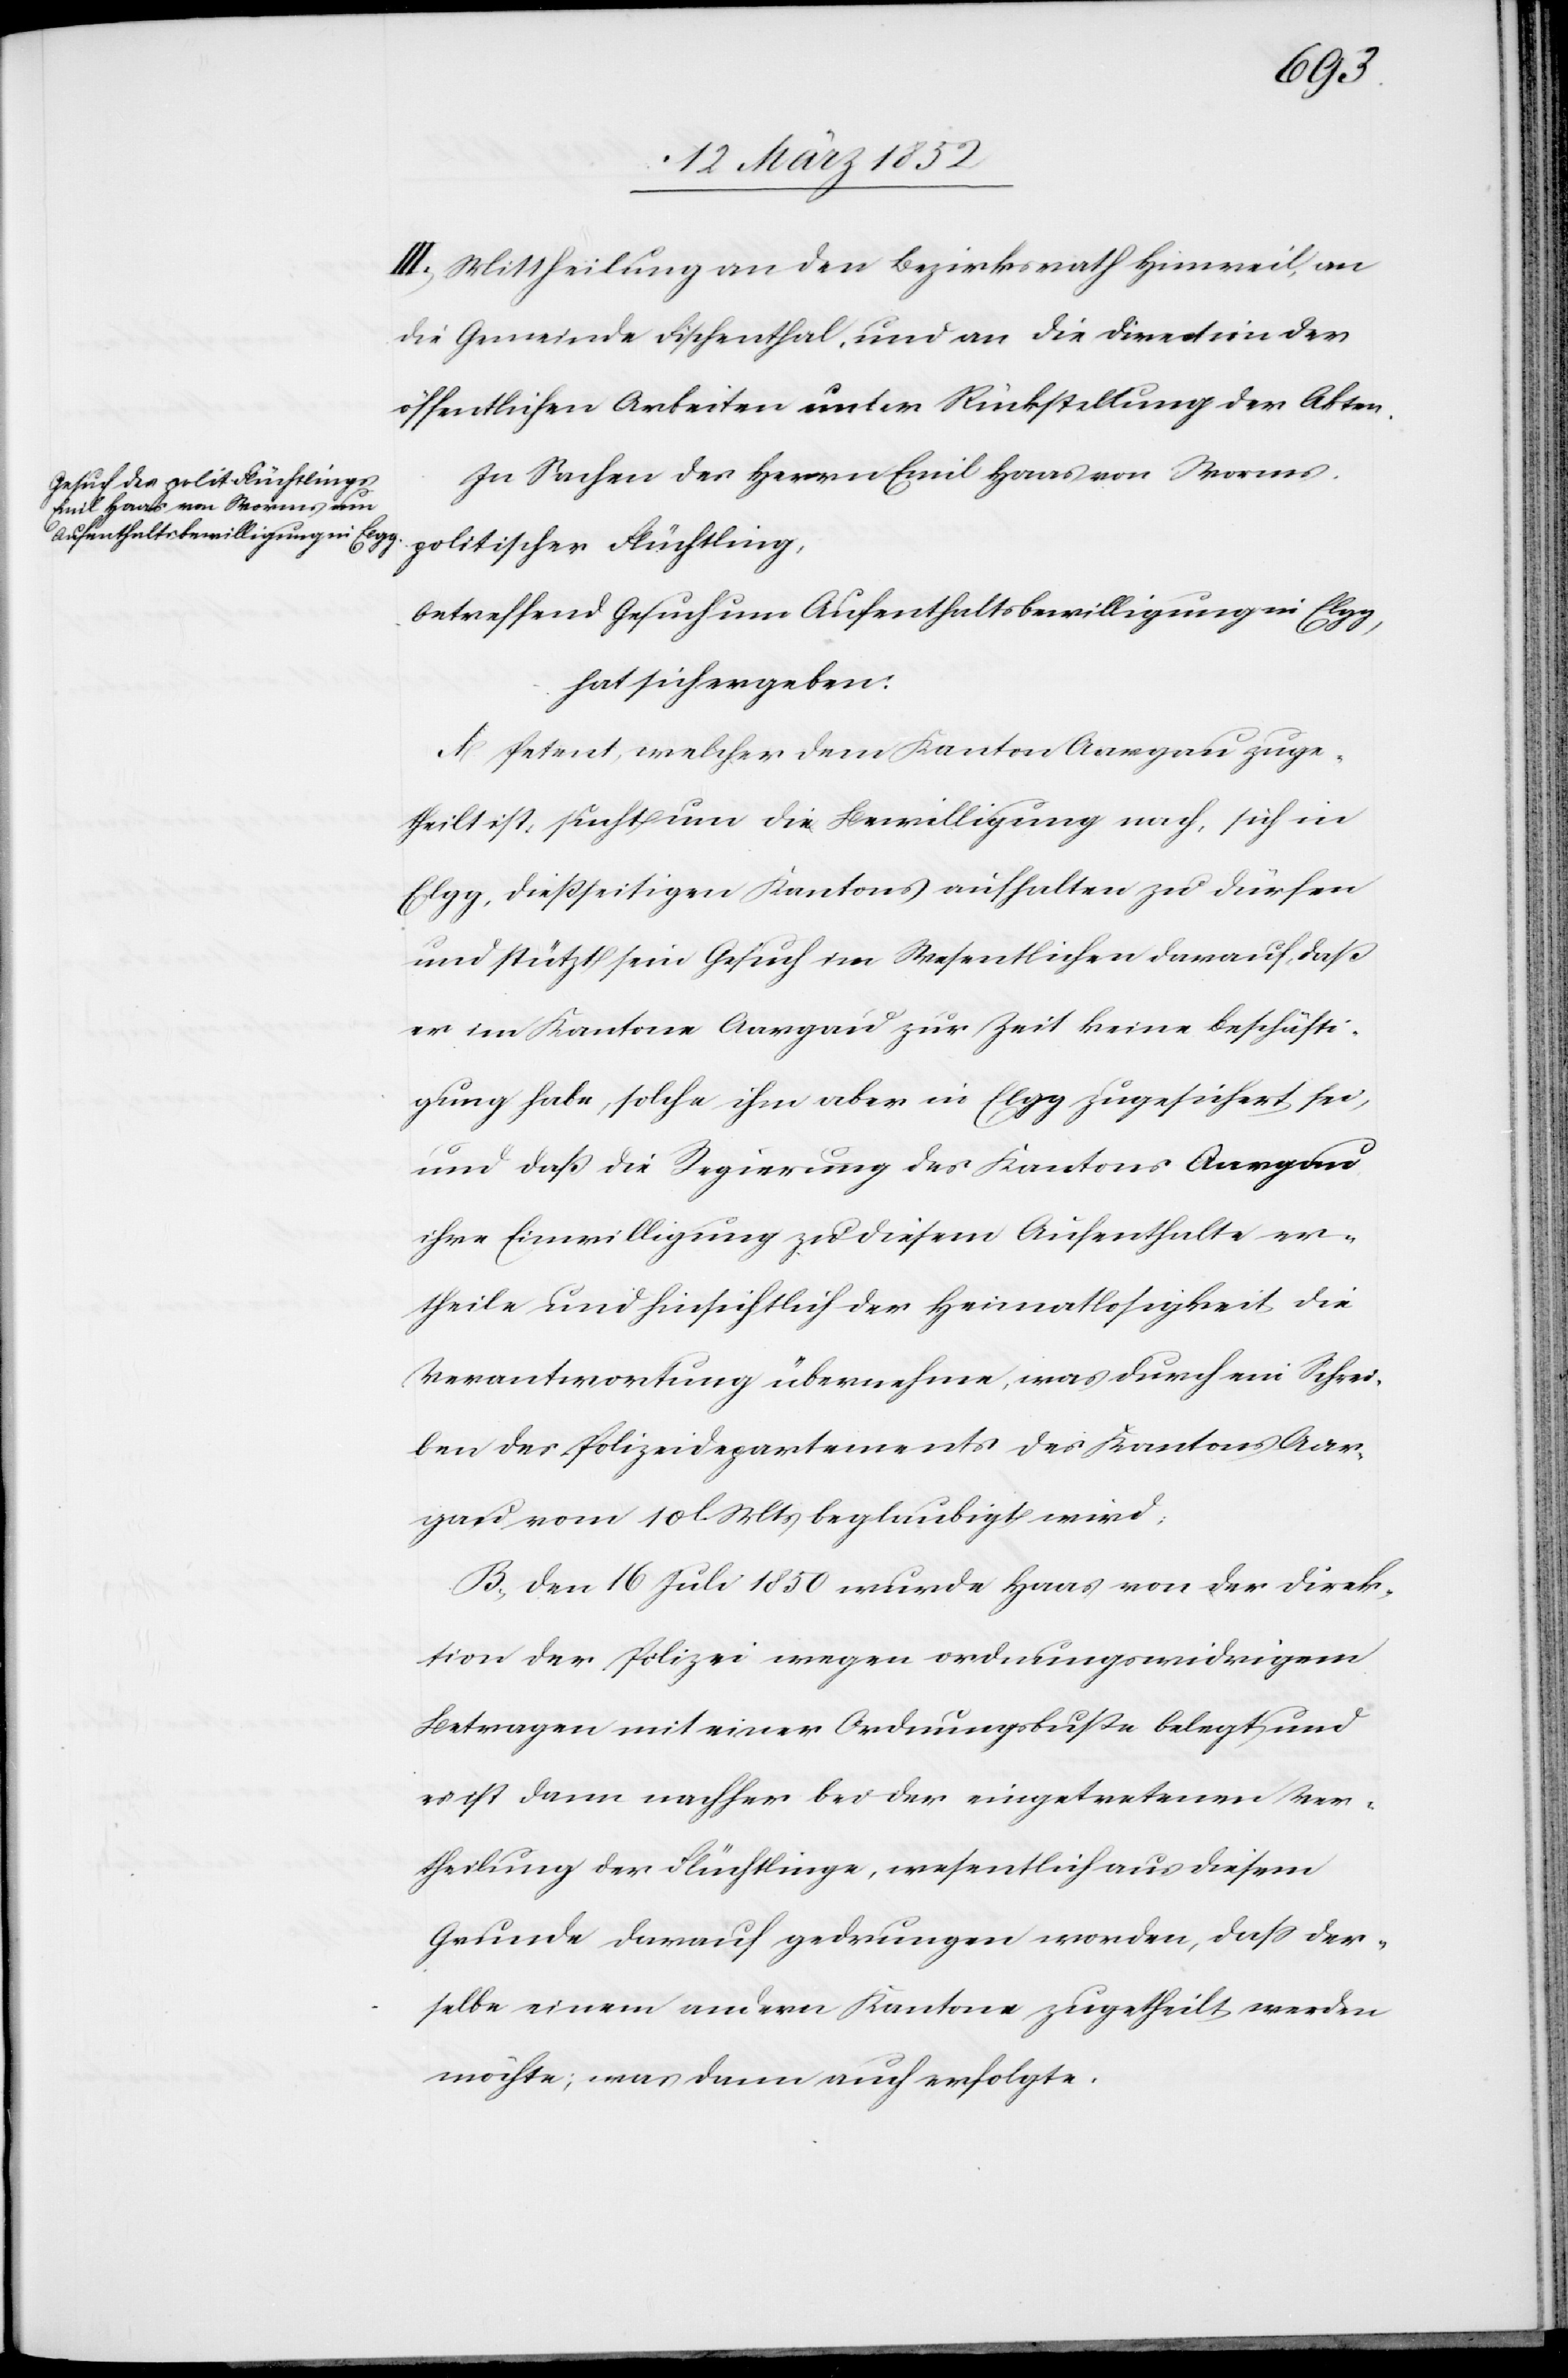
III. Mittheilung an den Bezirksrath Hinweil, an
die Gemeinde Fischenthal, und an die Direction der
öffentlichen Arbeiten unter Rückstellung der Akten.
In Sachen des Herrn Emil Haas von Worms,
politischer Flüchtling,
betreffend Gesuch um Aufenthaltsbewilligung in Elgg,
hat sich ergeben.
A. Petent, welcher dem Kanton Aargau zuge¬
theilt ist, sucht um die Bewilligung nach, sich in
Elgg, dießseitigen Kantons aufhalten zu dürfen
und stützt sein Gesuch im Wesentlichen darauf, daß
er im Kanton Aargau zur Zeit keine Beschäfti¬
gung habe, solche ihm aber in Elgg zugesichert sei,
und daß die Regierung des Kantons Aargau
ihre Einwilligung zu diesem Aufenthalte er¬
theile und hinsichtlich der Heimatlosigkeit die
Verantwortung übernehme, was durch ein Schrei¬
ben des Polizeidepartements des Kantons Aar¬
gau vom 10t Juli 1850 beglaubigt wird.
B. Den 16 Juli 1850 wurde Haas von der Direk¬
tion der Polizei wegen ordnungswidrigem
Betragen mit einer Ordnungsbuße belegt und
es ist dann nachher bei der eingetretenen Ver¬
theilung der Flüchtlinge, wesentlich aus diesem
Grunde darauf gedrungen worden, daß der¬
selbe einem andern Kantone zugetheilt werden
möchte; was dann auch erfolgte.